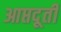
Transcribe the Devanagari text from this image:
आप्तदूती